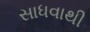
સાધવાથી